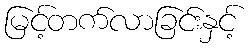
မြင့်တက်လာခြင်းနှင့်